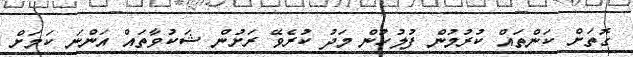
ގޮތަށް ކަންތައް ކުރުމުން ފުލުހުން މަދު ކުރެވޭ ރަށުން ޝަކުވާތައް އަންނަ ކަމަށް